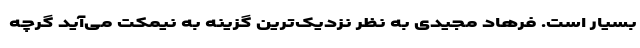
بسیار است. فرهاد مجیدی به نظر نزدیک‌ترین گزینه به نیمکت می‌آید گرچه